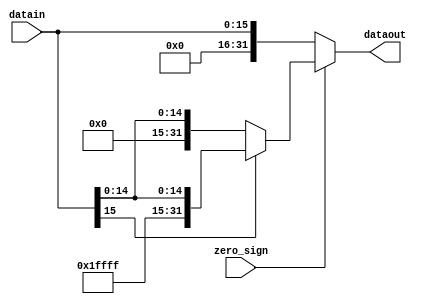
module ext(datain,dataout,zero_sign);
  input [15:0] datain;
  input        zero_sign;
  output reg [31:0] dataout;

always@(datain,zero_sign)
if(zero_sign)
  if(datain[15] == 0)
    dataout = {16'b0,datain};
  else
    dataout = {{16{1'b1}},datain};
else dataout = {16'b0,datain};

endmodule